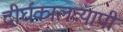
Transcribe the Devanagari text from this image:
दीर्घकालव्यापी